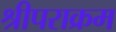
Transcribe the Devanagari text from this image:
श्रीपराक्रम